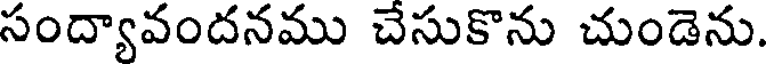
సంద్యావందనము చేసుకొను చుండెను.